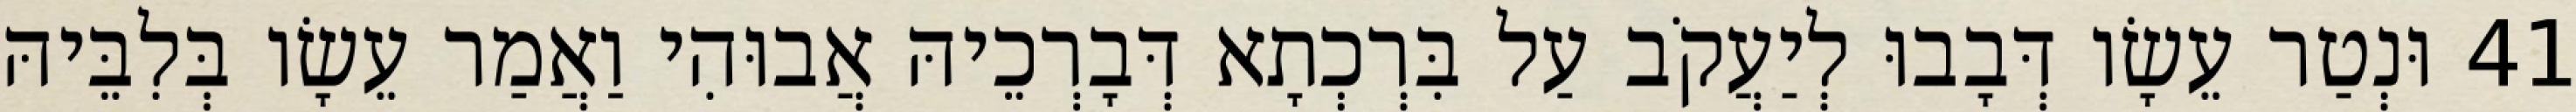
41 וּנְטַר עֵשָׂו דְּבָבוּ לְיַעֲקֹב עַל בִּרְכְתָא דְּבָרְכֵיהּ אֲבוּהִי וַאֲמַר עֵשָׂו בְּלִבֵּיהּ